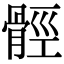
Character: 𩩋